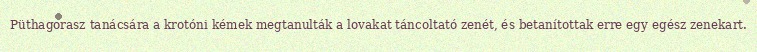
Püthagorasz tanácsára a krotóni kémek megtanulták a lovakat táncoltató zenét, és betanítottak erre egy egész zenekart.